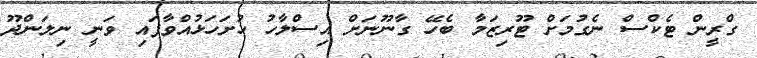
ގްރީން ޓެކްސް ނެގުމަށް ޓޫރިޒަމާ ބެހޭ ގާނޫނަށް އިސްލާހު ހުށަހަޅުއްވާފައި ވަނީ ނިލަންދޫ